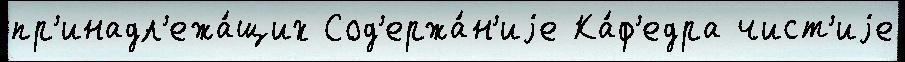
пр'инадл'ежа́щих Сод'ержа́н'иjе Ка́ф'едра чист'иjе